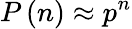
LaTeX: P\left(n\right)\approx{p^{n}}